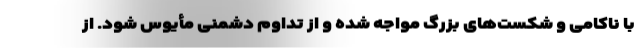
با ناکامی و شکست‌های بزرگ مواجه شده و از تداوم دشمنی مأیوس شود. از